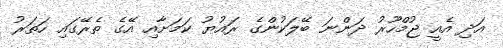
އަދި އެއީ ޖުމްހޫރު ދަންނަ ބޭލަކުންގެ ރައުޔު ކަމަށާއި އޭގެ ތެރޭގައި ހަތަރު